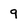
Character: 9